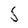
Character: 5